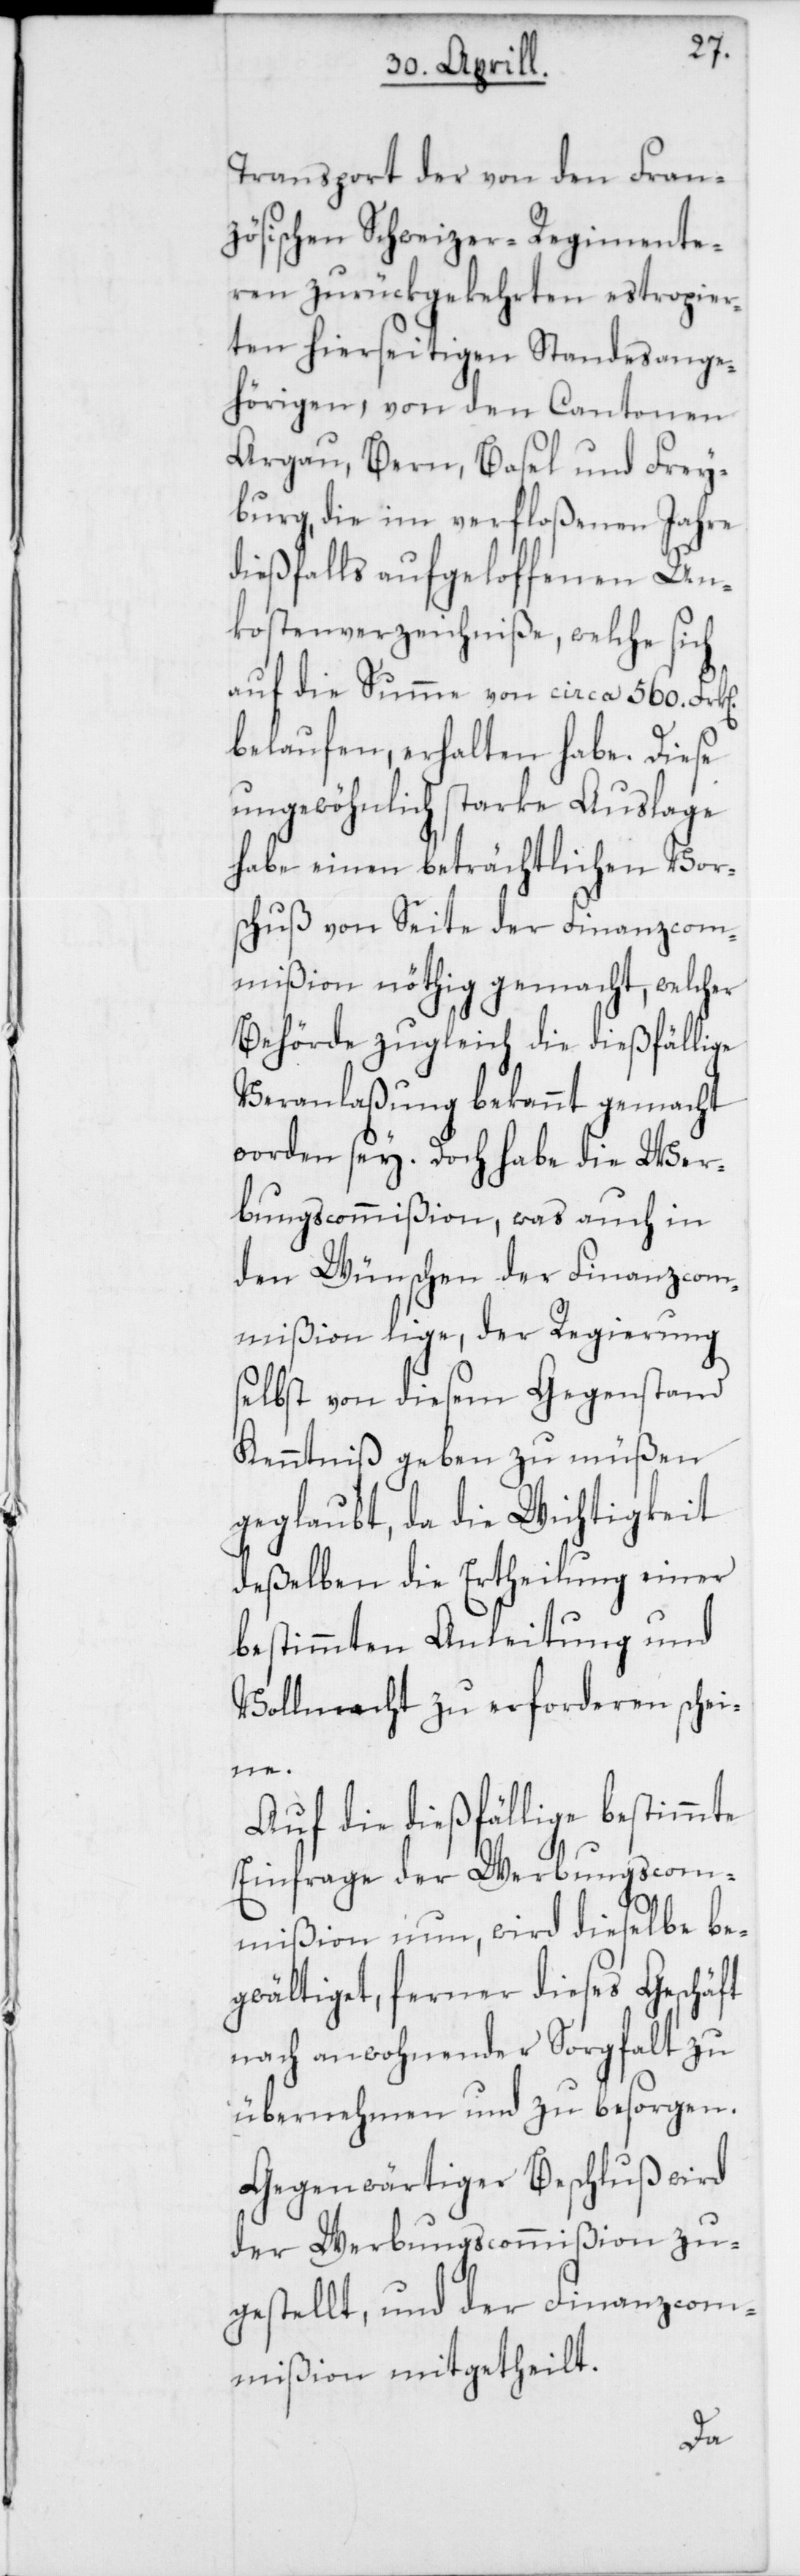
Transport der von den Fran¬
zösischen Schweizer-Regimente¬
ren zurückgekehrten estropier¬
ten hierseitigen Standesange¬
hörigen, von den Cantonen
Argau, Bern, Basel und Frey¬
burg, die im verfloßenen Jahre
dießfalls aufgeloffenen Un¬
kostenverzeichniße, welche sich
auf die Summe von circa 560. Frk[e¬
belaufen, erhalten habe. Diese
ungewöhnlich starke Auslage
habe einen beträchtlichen Vor¬
schuß von Seite der Finanzcom¬
mißion nöthig gemacht, welcher
Behörde zugleich die dießfällige
Veranlaßung bekannt gemacht
worden sey. Doch habe die Wer¬
bungscommißion, was auch in
den Wünschen der Finanzcom¬
mißion lige, der Regierung
selbst von diesem Gegenstand
Kenntniß geben zu müßen
geglaubt, da die Wichtigkeit
deßelben die Ertheilung einer
bestimmten Anleitung und
Vollmacht zu erforderen sche¬
ine.
Auf die dießfällige bestimmte
Einfrage der Werbungscom¬
mißion nun, wird dieselbe be¬
gwältiget, ferner dieses Geschäft
nach anwohnender Sorgfalt zu
übernehmen und zu besorgen.
Gegenwärtiger Beschluß wird
der Werbungscommißion zu¬
gestellt, und der Finanzcom¬
mißion mitgetheilt.